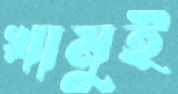
খামুই